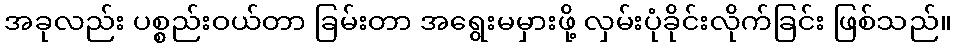
အခုလည်း ပစ္စည်းဝယ်တာ ခြမ်းတာ အရွေးမမှားဖို့ လှမ်းပုံခိုင်းလိုက်ခြင်း ဖြစ်သည်။